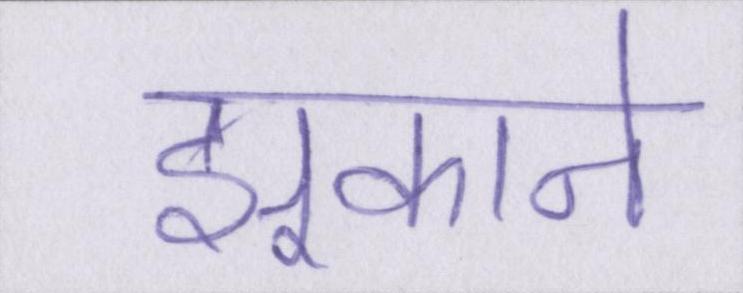
झुकाने